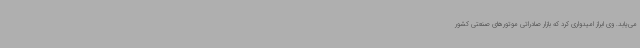
می‌یابد. وی ابراز امیدواری کرد که بازار صادراتی موتورهای صنعتی کشور